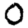
Digit: 0